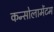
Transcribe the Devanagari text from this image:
कन्सोलामेंटम